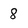
Character: 8